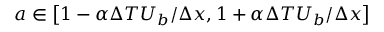
a \in \left[ 1 - \alpha \Delta T U _ { b } / \Delta x , 1 + \alpha \Delta T U _ { b } / \Delta x \right]